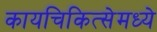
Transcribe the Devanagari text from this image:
कायचिकित्सेमध्ये